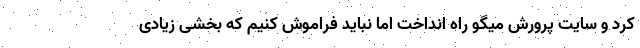
کرد و سایت پرورش میگو راه انداخت اما نباید فراموش کنیم که بخشی زیادی